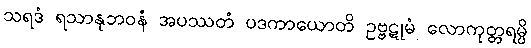
သရဒံ ရသာနုဘဝနံ အပဿတံ ပဒကာယောတိ ဥဗ္ဗဋုမံ လောကုတ္တရမ္ပိ